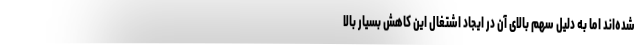
شده‌اند اما به دلیل سهم بالای آن در ایجاد اشتغال این کاهش بسیار بالا